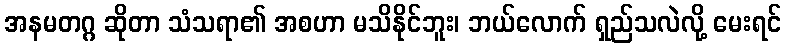
အနမတဂ္ဂ ဆိုတာ သံသရာ၏ အစဟာ မသိနိုင်ဘူး၊ ဘယ်လောက် ရှည်သလဲလို့ မေးရင်